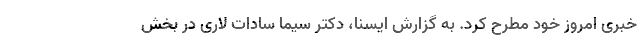
خبری امروز خود مطرح کرد. به گزارش ایسنا، دکتر سیما سادات لاری در بخش